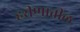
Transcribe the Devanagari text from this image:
हरीणातील